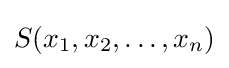
S(x_{1},x_{2},\ldots ,x_{n})